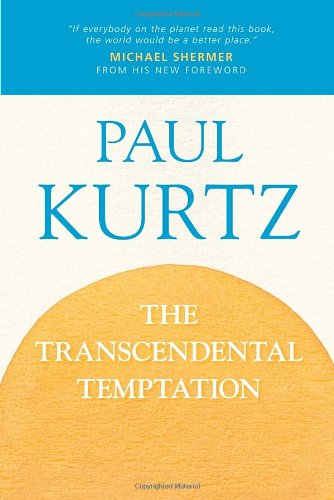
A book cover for The Transcendental Temptation: A Critique of Religion and the Paranormal; Paul Kurtz; Religion & Spirituality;